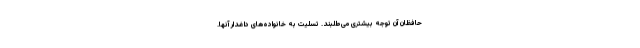
حافظان آن توجه بیشتری می‌طلبند. تسلیت به خانواده‌های داغدار آنها.